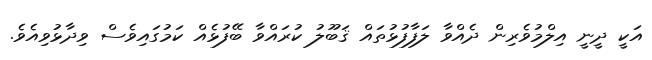
އަކީ ދީނީ އިލްމުވެރިން ދެއްވާ ލަފާފުޅުތައް ޤަބޫލު ކުރައްވާ ބޭފުޅެއް ކަމުގައިވެސް ވިދާޅުވިއެވެ.